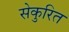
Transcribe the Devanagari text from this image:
सेकुरित